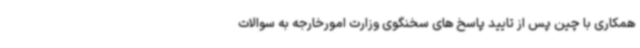
همکاری با چین پس از تایید پاسخ های سخنگوی وزارت امورخارجه به سوالات